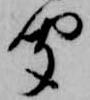
聞